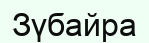
Зүбайра